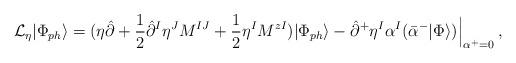
LaTeX: \begin{align*}{\cal L}_\eta|\Phi_{ph}\rangle=(\eta\hat{\partial}+\frac{1}{2}\hat{\partial}^I\eta^JM^{IJ}+\frac{1}{2}\eta^IM^{zI})|\Phi_{ph}\rangle-\hat{\partial}^+\eta^I\alpha^I(\bar{\alpha}^-|\Phi\rangle)\Bigr|_{\alpha^+=0}^{\vphantom{5pt}}\,,\end{align*}